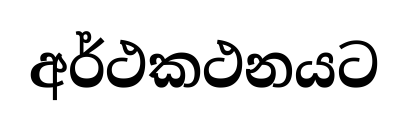
අර්ථකථනයට